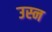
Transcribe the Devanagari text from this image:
उस्न